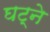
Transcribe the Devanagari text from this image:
घट्ने